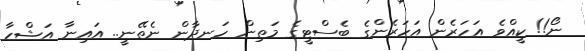
ނޯ!! ކީއްވެ އަހަރެން އަހަރެންގެ ބެސްޓީގެ މަތިން ހަނދާން ނެތޭނީ.. އައިނާ އަޝްހާ